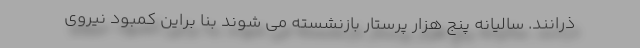
ذرانند. سالیانه پنج هزار پرستار بازنشسته می شوند بنا براین کمبود نیروی